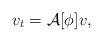
LaTeX: \begin{align*}v_t = \mathcal{A}[\phi]v,\end{align*}